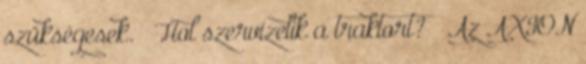
szükségesek. – Hol szervizelik a traktort? – Az AXION